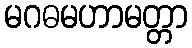
မဂဓမဟာမတ္တာ